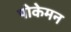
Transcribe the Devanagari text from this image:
पोकेमन